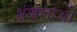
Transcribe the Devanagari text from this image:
श्रंखलाओ